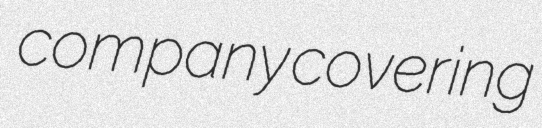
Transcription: company covering